system: You are a helpful assistant.
user:
Analyze the provided spectrum to determine if it is a **Carbon Star (C-type)**.

- **Key Visual Indicators of Carbon Star:**
    - **(Primary):** Strong molecular absorption from **C₂ (diatomic carbon) "Swan Bands."** This is the **defining feature** of a carbon star.
        - **(Key Bandheads):** Sharp absorption edges are visible at approximately $5635$ Å, $5165$ Å (the strongest band), and $4737$ Å.
        - **(Line Profile):** Creates a distinct **"saw-tooth"** pattern. The key morphology is a sharp, steep bandhead on the **red (long-wavelength) side**, which then gradually tapers off (i.e., flux recovers) towards the **blue (short-wavelength) side**. *(This is the direct opposite of the TiO bands seen in M-type stars)*.

    - **(Secondary):** Intense **CN (cyanogen)** molecular absorption bands.
        - **(Key Bandheads):** Located in the blue and violet regions of the spectrum (e.g., near $4215$ Å and $3883$ Å).
        - **(Morphology):** These bands are extremely broad and act as a "blanket," absorbing the vast majority of blue and violet light. This creates a characteristic **"cliff"** or **"steep drop-off"** in the spectrum's flux at short wavelengths.

    - **(Key Confirmation):** Strong **CH absorption band (G-band)**.
        - **(Key Bandhead):** Located around $4300$ Å. The contribution from CH molecules to this band is exceptionally strong.

    - **(Overall Spectrum):**
        - The continuum is severely "chopped up" by these deep molecular bands, especially C₂, rather than appearing as a smooth curve.
        - Due to the heavy CN and C₂ absorption in the blue-green, the vast majority of the star's flux is concentrated in the red part of the spectrum, giving the star its characteristic deep red color.

Think first, call **spectral_visualization_tool** if needed to examine features in detail, then provide your final answer. Your response must adhere to the following strict rules:
1.  **Overall Structure:** Your response must follow the format `<think>...</think> <tool_call>...</tool_call> (if a tool is used) <answer>...</answer>`.
2.  **Tool Usage Constraint:** You may only make **one** tool call per turn.
3.  **Final Answer Format:** In the `<answer>` tag, your conclusion must be inside a `\boxed{}` command (e.g., `\boxed{YES}`), followed by your justification.

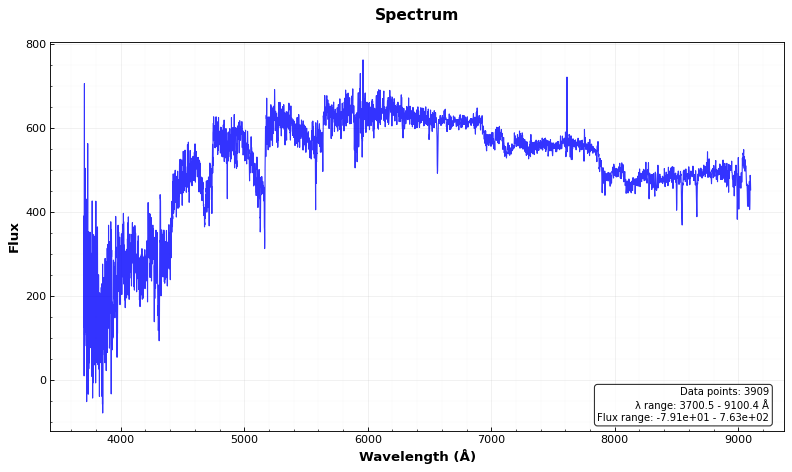
Answer: YES